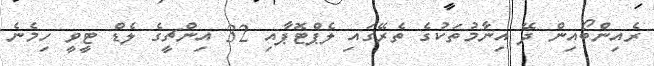
ރެއިންބޯއިން ދޭ އިނާމުތަކުގެ ތެރޭގައި ލެޕްޓޮޕާއި 32 އިންޗީގެ ލެޑް ޓީވީ ހިމެނެ